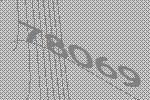
78069